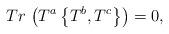
LaTeX: \begin{align*}Tr\,\left( T^{a}\left\{ T^{b},T^{c}\right\} \right) =0,\end{align*}